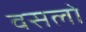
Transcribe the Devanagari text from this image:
वसलो